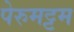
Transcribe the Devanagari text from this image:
पेरुमट्टम